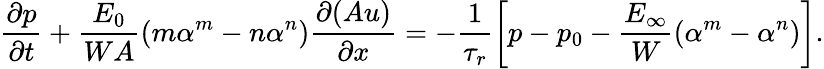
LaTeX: \frac{\partial p}{\partial t}+\frac{E_{0}}{WA}\left(m\alpha^{m}-n\alpha^{n}\right)\frac{\partial(Au)}{\partial x}=-\frac{1}{\tau_{r}}\left[p-p_{0}-\frac{E_{\infty}}{W}\left(\alpha^{m}-\alpha^{n}\right)\right].